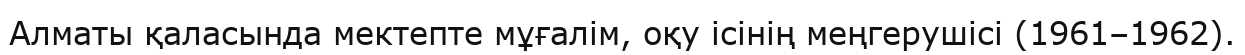
Алматы қаласында мектепте мұғалім, оқу ісінің меңгерушісі (1961–1962).